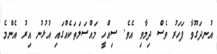
އުނދަގޫވާ ފަހަރު ވެސް ދިމާވި އެވެ. ސިއްހީ މައްސަލަތަކެއްގައި އުޅުނު އިރު އެންމެ